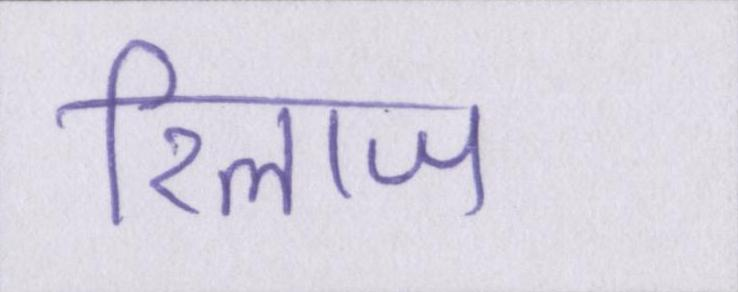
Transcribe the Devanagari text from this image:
रिलाज